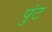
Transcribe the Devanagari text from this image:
पुंट